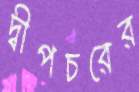
দ্বীপচরের